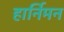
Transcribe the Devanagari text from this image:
हार्निमन